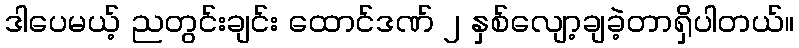
ဒါပေမယ့် ညတွင်းချင်း ထောင်ဒဏ် ၂ နှစ်လျော့ချခဲ့တာရှိပါတယ်။